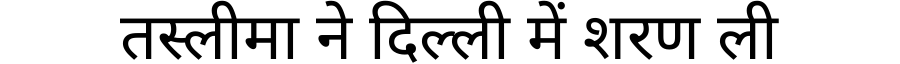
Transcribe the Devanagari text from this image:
तस्लीमा ने दिल्ली में शरण ली